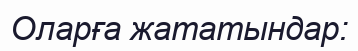
Оларға жататындар: